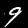
Label: 9